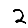
Digit: 2